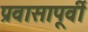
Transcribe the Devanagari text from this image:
प्रवासापूर्वी